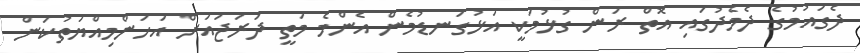
ދެގައުމުގެ ދެމެދުގައި އޮތް ރަން ގުޅުމަކީ އަޅުގަނޑުމެން އެންމެ މަތީ ދަރަޖައަށް އަހަންމިއްޔަތުކަން